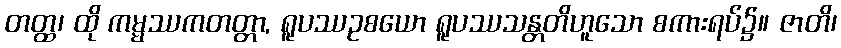
တတ္ထ၊ ထို ကမ္မဿကတတ္တာ, ရူပဿဥစယော ရူပဿသန္တတိဟူသော စကားရပ်၌။ ဇာတိ၊